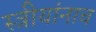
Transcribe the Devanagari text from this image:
स्त्रीयांनाच